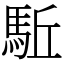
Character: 駈